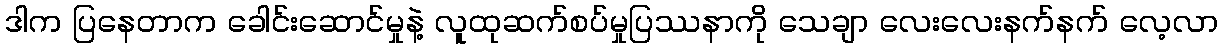
ဒါက ပြနေတာက ခေါင်းဆောင်မှုနဲ့ လူထုဆက်စပ်မှုပြဿနာကို သေချာ လေးလေးနက်နက် လေ့လာ